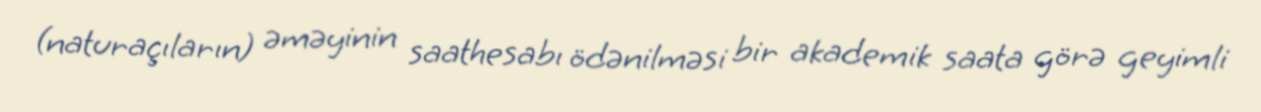
(naturaçıların) əməyinin saathesabı ödənilməsi bir akademik saata görə geyimli